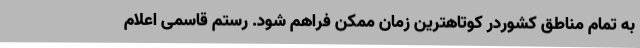
به تمام مناطق کشوردر کوتاهترین زمان ممکن فراهم شود. رستم قاسمی اعلام